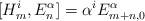
LaTeX: \begin{align*}[H^{i}_{m}, E^{\alpha}_{n}] = \alpha^{i}E^{\alpha}_{m+n,0}\end{align*}